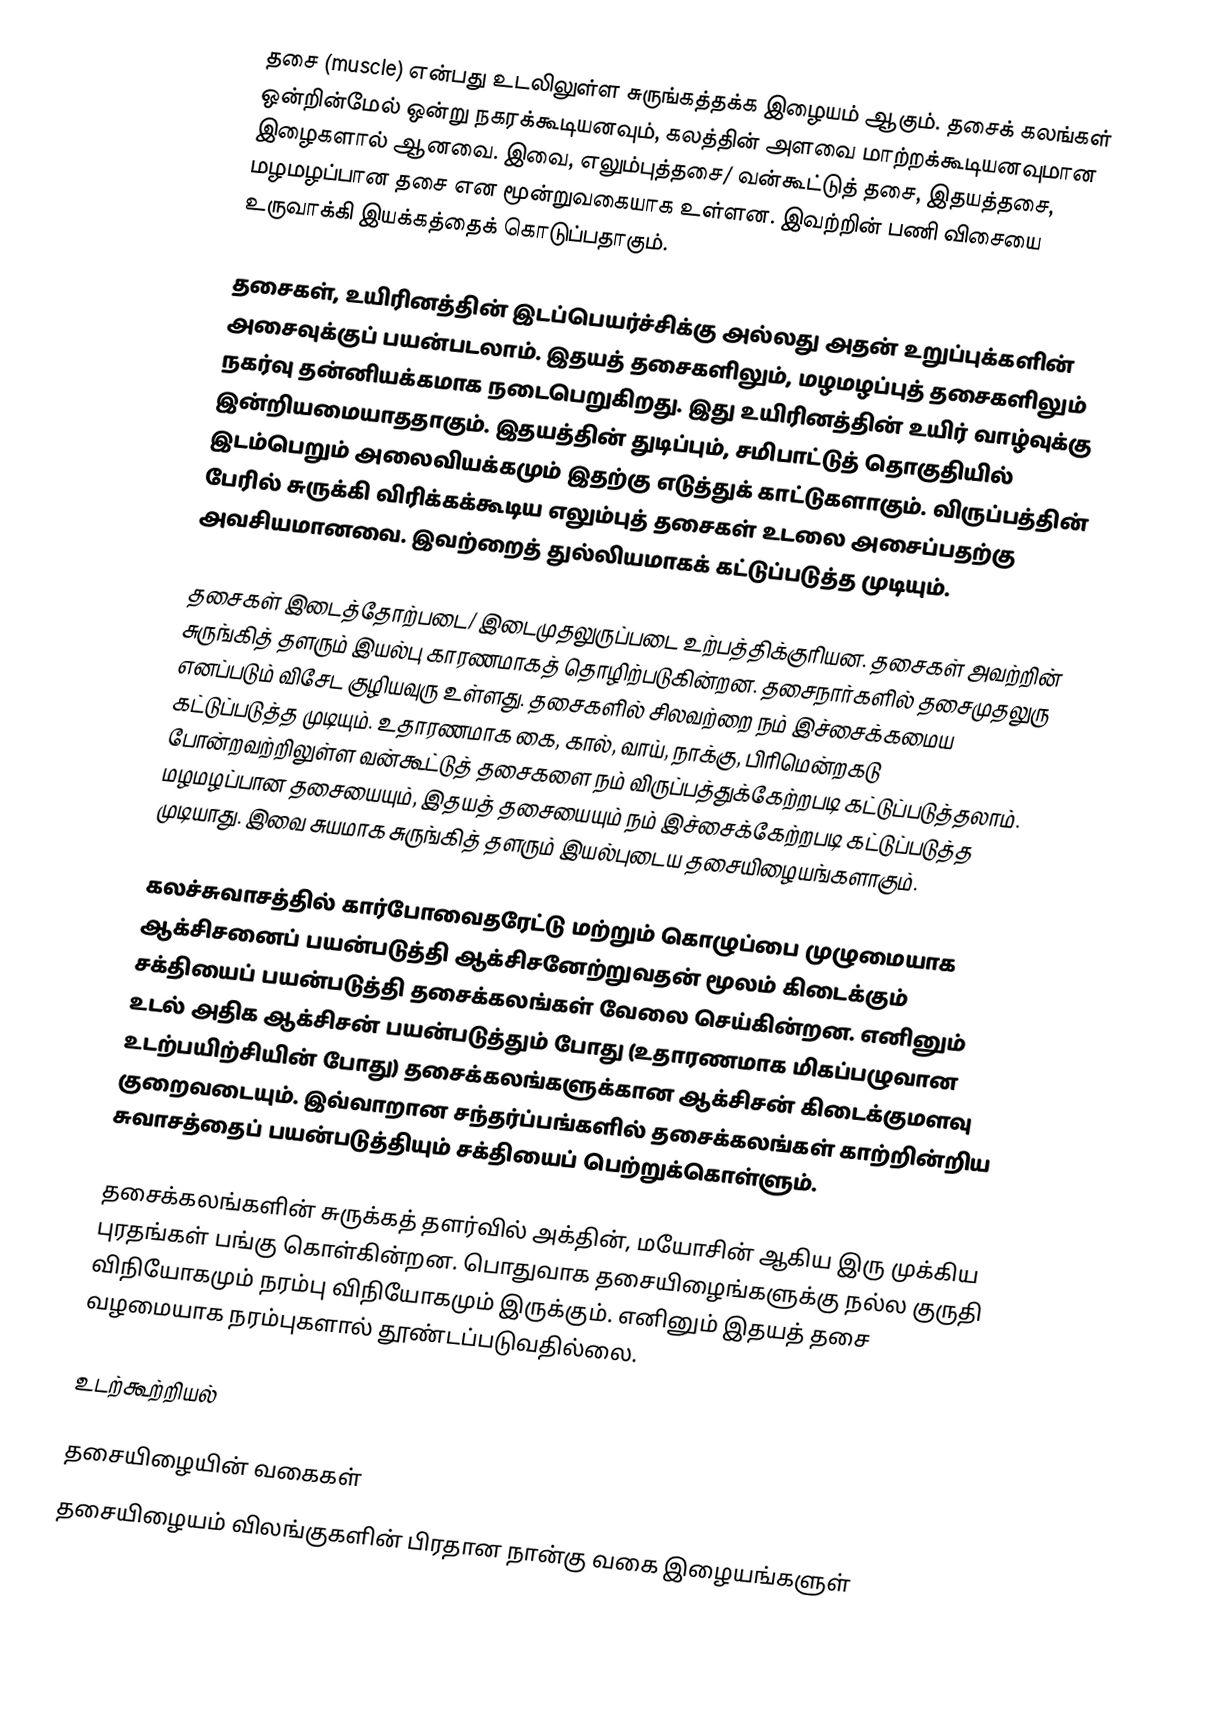
தசை (muscle) என்பது உடலிலுள்ள சுருங்கத்தக்க இழையம் ஆகும். தசைக் கலங்கள் ஒன்றின்மேல் ஒன்று நகரக்கூடியனவும், கலத்தின் அளவை மாற்றக்கூடியனவுமான இழைகளால் ஆனவை. இவை, எலும்புத்தசை/ வன்கூட்டுத் தசை, இதயத்தசை, மழமழப்பான தசை என மூன்றுவகையாக உள்ளன. இவற்றின் பணி விசையை உருவாக்கி இயக்கத்தைக் கொடுப்பதாகும்.

தசைகள், உயிரினத்தின் இடப்பெயர்ச்சிக்கு அல்லது அதன் உறுப்புக்களின் அசைவுக்குப் பயன்படலாம். இதயத் தசைகளிலும், மழமழப்புத் தசைகளிலும் நகர்வு தன்னியக்கமாக நடைபெறுகிறது. இது உயிரினத்தின் உயிர் வாழ்வுக்கு இன்றியமையாததாகும். இதயத்தின் துடிப்பும், சமிபாட்டுத் தொகுதியில் இடம்பெறும் அலைவியக்கமும் இதற்கு எடுத்துக் காட்டுகளாகும். விருப்பத்தின் பேரில் சுருக்கி விரிக்கக்கூடிய எலும்புத் தசைகள் உடலை அசைப்பதற்கு அவசியமானவை. இவற்றைத் துல்லியமாகக் கட்டுப்படுத்த முடியும்.

தசைகள் இடைத்தோற்படை/ இடைமுதலுருப்படை உற்பத்திக்குரியன. தசைகள் அவற்றின் சுருங்கித் தளரும் இயல்பு காரணமாகத் தொழிற்படுகின்றன. தசைநார்களில் தசைமுதலுரு எனப்படும் விசேட குழியவுரு உள்ளது. தசைகளில் சிலவற்றை நம் இச்சைக்கமைய கட்டுப்படுத்த முடியும். உதாரணமாக கை, கால், வாய், நாக்கு, பிரிமென்றகடு போன்றவற்றிலுள்ள வன்கூட்டுத் தசைகளை நம் விருப்பத்துக்கேற்றபடி கட்டுப்படுத்தலாம். மழமழப்பான தசையையும், இதயத் தசையையும் நம் இச்சைக்கேற்றபடி கட்டுப்படுத்த முடியாது. இவை சுயமாக சுருங்கித் தளரும் இயல்புடைய தசையிழையங்களாகும்.

கலச்சுவாசத்தில் கார்போவைதரேட்டு மற்றும் கொழுப்பை முழுமையாக ஆக்சிசனைப் பயன்படுத்தி ஆக்சிசனேற்றுவதன் மூலம் கிடைக்கும் சக்தியைப் பயன்படுத்தி தசைக்கலங்கள் வேலை செய்கின்றன. எனினும் உடல் அதிக ஆக்சிசன் பயன்படுத்தும் போது (உதாரணமாக மிகப்பழுவான உடற்பயிற்சியின் போது) தசைக்கலங்களுக்கான ஆக்சிசன் கிடைக்குமளவு குறைவடையும். இவ்வாறான சந்தர்ப்பங்களில் தசைக்கலங்கள் காற்றின்றிய சுவாசத்தைப் பயன்படுத்தியும் சக்தியைப் பெற்றுக்கொள்ளும்.

தசைக்கலங்களின் சுருக்கத் தளர்வில் அக்தின், மயோசின் ஆகிய இரு முக்கிய புரதங்கள் பங்கு கொள்கின்றன. பொதுவாக தசையிழைங்களுக்கு நல்ல குருதி விநியோகமும் நரம்பு விநியோகமும் இருக்கும். எனினும் இதயத் தசை வழமையாக நரம்புகளால் தூண்டப்படுவதில்லை.

உடற்கூற்றியல்

தசையிழையின் வகைகள்
தசையிழையம் விலங்குகளின் பிரதான நான்கு வகை இழையங்களுள்